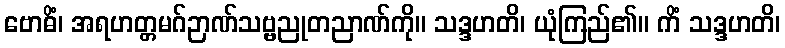
ဗောဓိံ၊ အရဟတ္တမဂ်ဉာဏ်သဗ္ဗညုတညာဏ်ကို။ သဒ္ဒဟတိ၊ ယုံကြည်၏။ ကိံ သဒ္ဒဟတိ၊